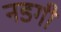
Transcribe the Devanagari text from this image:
नडगी